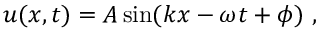
u ( x , t ) = A \sin ( k x - \omega t + \phi ) \ ,